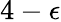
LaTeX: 4-\epsilon